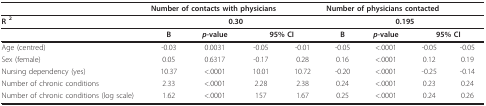
<table><thead><tr><td></td><td colspan="4"><b>Number of contacts with physicians</b></td><td colspan="4"><b>Number of physicians contacted</b></td></tr></thead><tbody><tr><td><b>R <sup>2</sup></b></td><td colspan="4"><b>0.30</b></td><td colspan="4"><b>0.195</b></td></tr><tr><td></td><td><b>B</b></td><td><b><i>p-</i>value</b></td><td colspan="2"><b>95% CI</b></td><td><b>B</b></td><td><b><i>p-</i>value</b></td><td colspan="2"><b>95% CI</b></td></tr><tr><td>Age (centred)</td><td>-0.03</td><td>0.0031</td><td>-0.05</td><td>-0.01</td><td>-0.05</td><td>&lt;.0001</td><td>-0.05</td><td>-0.05</td></tr><tr><td>Sex (female)</td><td>0.05</td><td>0.6317</td><td>-0.17</td><td>0.28</td><td>0.16</td><td>&lt;.0001</td><td>0.12</td><td>0.19</td></tr><tr><td>Nursing dependency (yes)</td><td>10.37</td><td>&lt;.0001</td><td>10.01</td><td>10.72</td><td>-0.20</td><td>&lt;.0001</td><td>-0.25</td><td>-0.14</td></tr><tr><td>Number of chronic conditions</td><td>2.33</td><td>&lt;.0001</td><td>2.28</td><td>2.38</td><td>0.24</td><td>&lt;.0001</td><td>0.23</td><td>0.24</td></tr><tr><td>Number of chronic conditions (log scale)</td><td>1.62</td><td>&lt;.0001</td><td>157</td><td>1.67</td><td>0.25</td><td>&lt;.0001</td><td>0.24</td><td>0.26</td></tr></tbody></table>